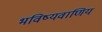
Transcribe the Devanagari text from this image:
भविष्यवाणिय